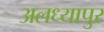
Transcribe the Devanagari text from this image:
अलध्यापुर